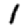
Digit: 1